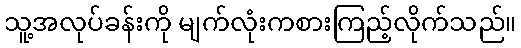
သူ့အလုပ်ခန်းကို မျက်လုံးကစားကြည့်လိုက်သည်။